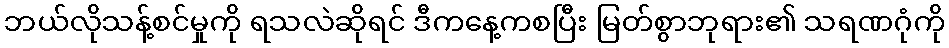
ဘယ်လိုသန့်စင်မှုကို ရသလဲဆိုရင် ဒီကနေ့ကစပြီး မြတ်စွာဘုရား၏ သရဏဂုံကို